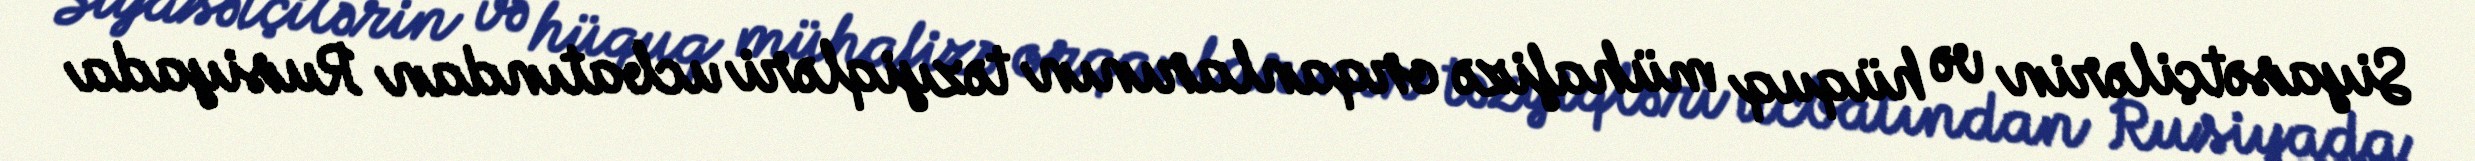
Siyasətçilərin və hüquq mühafizə orqanlarının təzyiqləri ucbatından Rusiyada